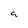
Character: a